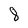
Character: 8